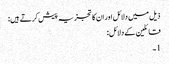
ذیل میں دلائل اور ان کا تجزیہ پیش کرتے ہیں:
قائلین کے دلائل:
1۔